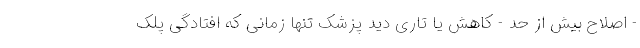
- اصلاح بیش از حد - کاهش یا تاری دید پزشک تنها زمانی که افتادگی پلک